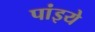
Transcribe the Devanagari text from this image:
पांइये